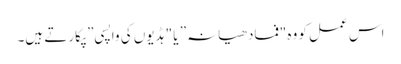
اس عمل کو وہ "فمادھیانہ” یا "ہڈیوں کی واپسی” پکارتے ہیں۔